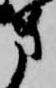
方